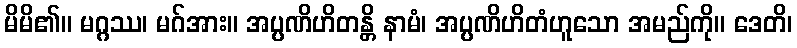
မိမိ၏။ မဂ္ဂဿ၊ မဂ်အား။ အပ္ပဏိဟိတန္တိ နာမံ၊ အပ္ပဏိဟိတံဟူသော အမည်ကို။ ဒေတိ၊